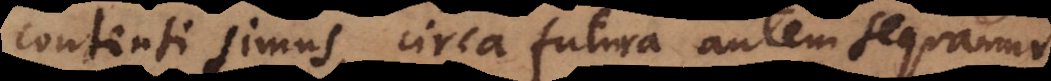
contenti simus, circa futura autem sequamur